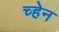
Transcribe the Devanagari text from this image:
च्हेन